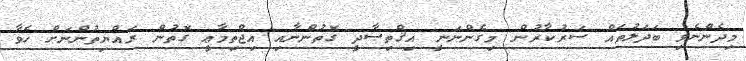
މިދެންނެވި ބަދަލުތައް ސަރުކާރުން މިގެންނަނީ އިޤްތިޞާދީ ގޮތުންނާއި އިޖްތިމާޢީ ގޮތުން ރައްޔިތުންނަށް ހެވާ